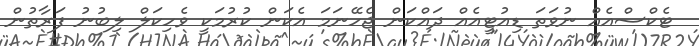
ޓެކްސްއެއް ނުވަތަ ޑިއުޓީއެއް ދައްކަން ޖެހޭނަމަ އެކަން ކުރުމަކީ ވެހިކަލް ލިބުނު ފަރާތުން